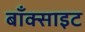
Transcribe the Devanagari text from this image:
बाँक्साइट